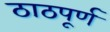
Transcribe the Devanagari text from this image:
ठाठपूर्ण